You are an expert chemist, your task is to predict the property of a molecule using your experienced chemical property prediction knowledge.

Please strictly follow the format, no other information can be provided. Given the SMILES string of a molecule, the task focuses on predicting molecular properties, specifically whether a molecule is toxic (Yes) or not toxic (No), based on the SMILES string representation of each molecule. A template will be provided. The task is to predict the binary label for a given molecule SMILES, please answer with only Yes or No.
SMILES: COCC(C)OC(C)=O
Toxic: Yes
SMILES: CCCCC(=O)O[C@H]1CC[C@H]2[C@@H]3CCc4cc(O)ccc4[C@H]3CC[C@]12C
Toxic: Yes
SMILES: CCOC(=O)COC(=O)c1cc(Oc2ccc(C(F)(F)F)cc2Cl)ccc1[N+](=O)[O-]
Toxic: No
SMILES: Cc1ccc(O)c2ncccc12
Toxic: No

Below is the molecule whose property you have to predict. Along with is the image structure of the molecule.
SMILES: O=C(CBr)c1ccccc1
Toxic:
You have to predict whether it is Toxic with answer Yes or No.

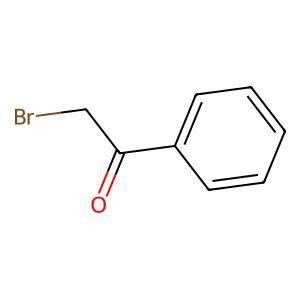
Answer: No